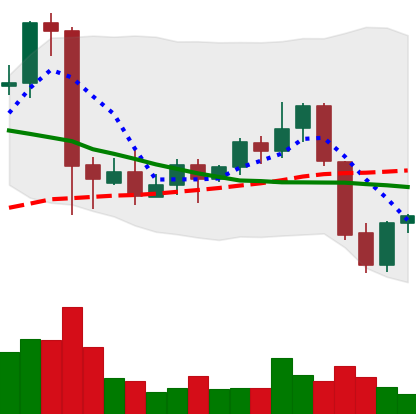
Ticker: EOS-USD
Chart end date: 2021-09-23
Forward return: -15.94%
Label: down_7plus